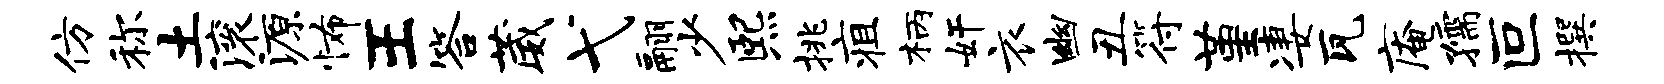
仿称土滚源怖王答葳弋翮少熙挑疽柄奸衣幽丑符堇凄瓦庵孺叵撰